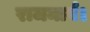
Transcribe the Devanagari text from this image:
राजमार्ग।